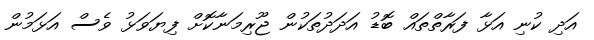
އަދި ކުނި އަޅާ ފަރާތްތައް ބޮޑު އަދަދުތަކުން ޖޫރިމަނާކޮށް ފިޔަވަޅު ވެސް އަޅަމުން